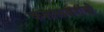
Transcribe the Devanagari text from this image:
कशाळकरांची